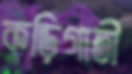
কুড়িগাতী